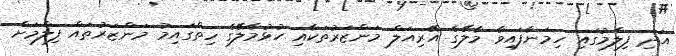
އަދި ފިލްމުގައި ހިމަނާފައިވާ މާލޭގެ އޭރިއަލް މަންޒަރުތަކާއި ހުޅުމާލޭގެ ހިތްގައިމު މަންޒަރުތައް ފިލްމަށް